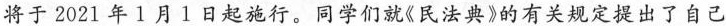
将于2021年1月1日起施行。同学们就《民法典》的有关规定提出了自己